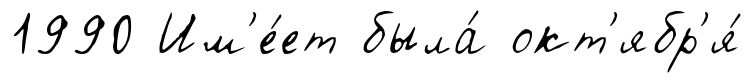
1990 Им'е́ет была́ окт'ябр'я́